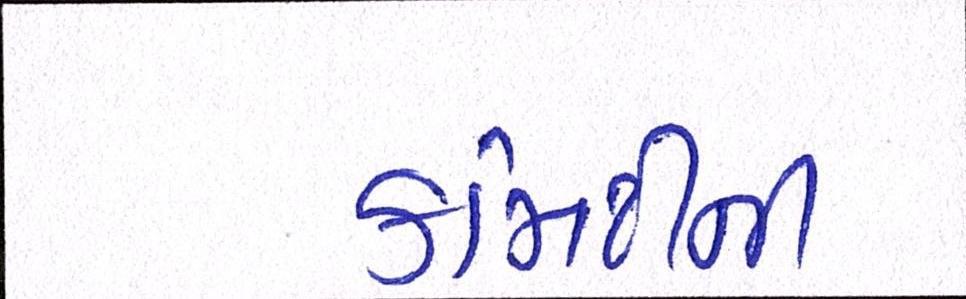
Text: કમિટીની